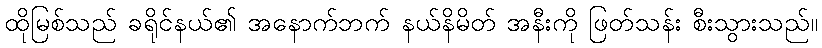
ထိုမြစ်သည် ခရိုင်နယ်၏ အနောက်ဘက် နယ်နိမိတ် အနီးကို ဖြတ်သန်း စီးသွားသည်။